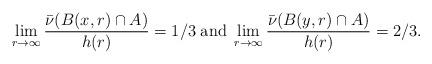
LaTeX: \begin{align*}\lim_{r \rightarrow \infty} \frac{\bar{\nu}(B(x,r) \cap A)}{h(r)} = 1/3 \;\mathrm{and} \; \lim_{r \rightarrow \infty} \frac{\bar{\nu}(B(y,r) \cap A)}{h(r)} = 2/3.\end{align*}